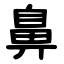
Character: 鼻